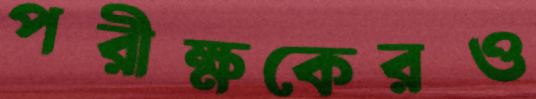
পরীক্ষকেরও